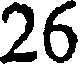
26